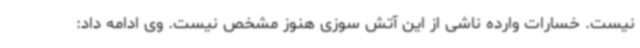
نیست. خسارات وارده ناشی از این آتش سوزی هنوز مشخص نیست. وی ادامه داد: